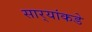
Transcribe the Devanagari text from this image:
सार्‍यांकडे